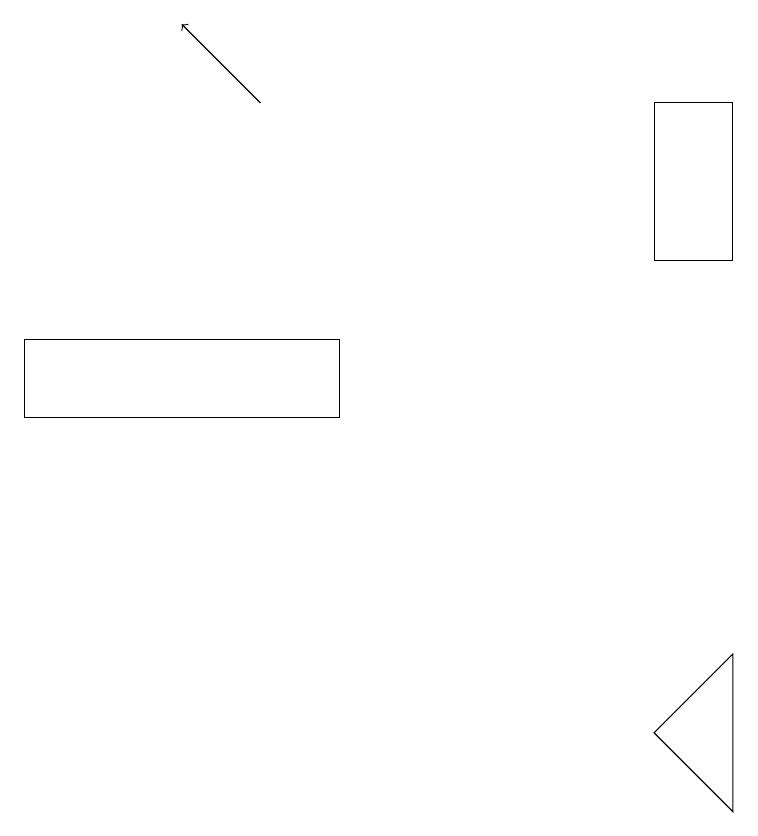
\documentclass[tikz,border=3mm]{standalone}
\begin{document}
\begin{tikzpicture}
\draw[->] (3,16) -- (2,17);
\draw (0,12) rectangle (4,13);
\draw (9,14) rectangle (8,16);
\draw (8,8) -- (9,7) -- (9,9) -- cycle;
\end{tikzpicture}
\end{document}